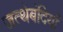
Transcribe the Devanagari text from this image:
जत्थेबंदियाँ